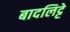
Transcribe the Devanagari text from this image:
बादलिट्टे